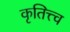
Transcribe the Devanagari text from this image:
कृतित्त्व